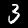
Label: 3